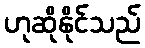
ဟုဆိုနိုင်သည်